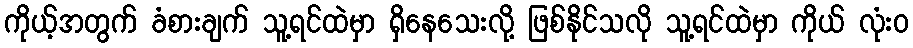
ကိုယ့်အတွက် ခံစားချက် သူ့ရင်ထဲမှာ ရှိနေသေးလို့ ဖြစ်နိုင်သလို သူ့ရင်ထဲမှာ ကိုယ် လုံးဝ